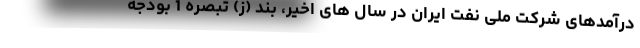
درآمدهای شرکت ملی نفت ایران در سال های اخیر، بند (ز) تبصره‌ 1 بودجه